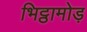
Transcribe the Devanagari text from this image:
भिट्ठामोड़